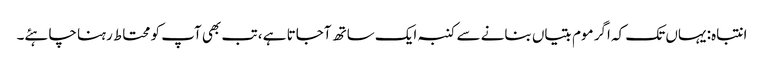
انتباہ: یہاں تک کہ اگر موم بتیاں بنانے سے کنبہ ایک ساتھ آجاتا ہے ، تب بھی آپ کو محتاط رہنا چاہئے۔